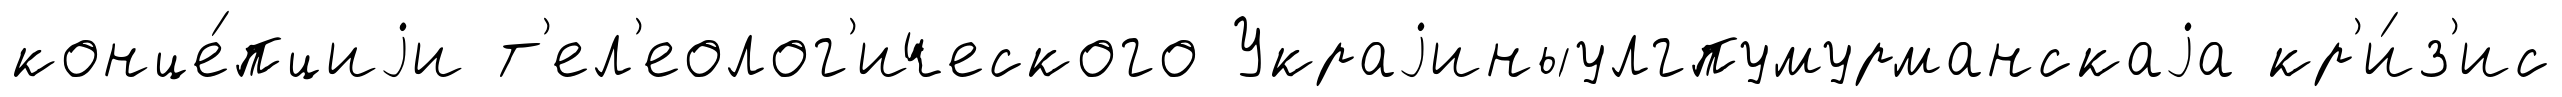
конце́пциjи т'ел'еолог'ического Украjиныулгпумурманскаjа кр'и́з'ис